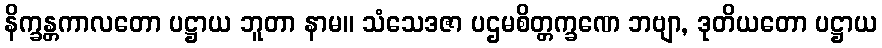
နိက္ခန္တကာလတော ပဋ္ဌာယ ဘူတာ နာမ။ သံသေဒဇာ ပဌမစိတ္တက္ခဏေ ဘဗျာ, ဒုတိယတော ပဋ္ဌာယ